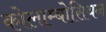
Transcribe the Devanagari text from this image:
कोलाम्बोसियन